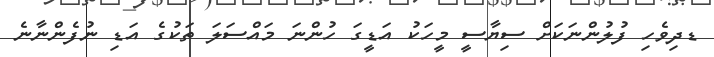
ޑދިވެހި ފުލުންނަކަށް ސިޔާސީ މީހަކު އަޑީގަ ހުންނަ މައްސަލަ ތަކުގެ އަޑި ނުފެންނާނެ